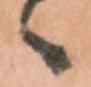
へ